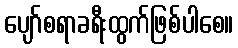
ပျော်စရာခရီးထွက်ဖြစ်ပါစေ။